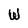
Character: W